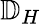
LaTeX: \mathbb{D}_{H}